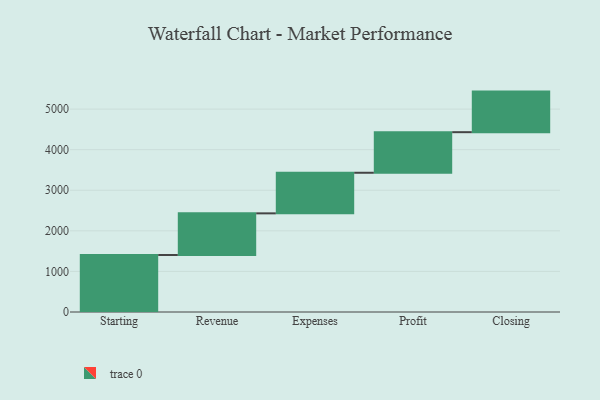
{"axis": {"x": "Step", "y": "Value"}, "legend": [""], "data": [{"x": "Starting", "y": 1404.0, "type": ""}, {"x": "Revenue", "y": 1027.0, "type": ""}, {"x": "Expenses", "y": 1000, "type": ""}, {"x": "Profit", "y": 1000, "type": ""}, {"x": "Closing", "y": 1000, "type": ""}]}